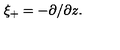
\xi _ { + } = - \partial / \partial z .